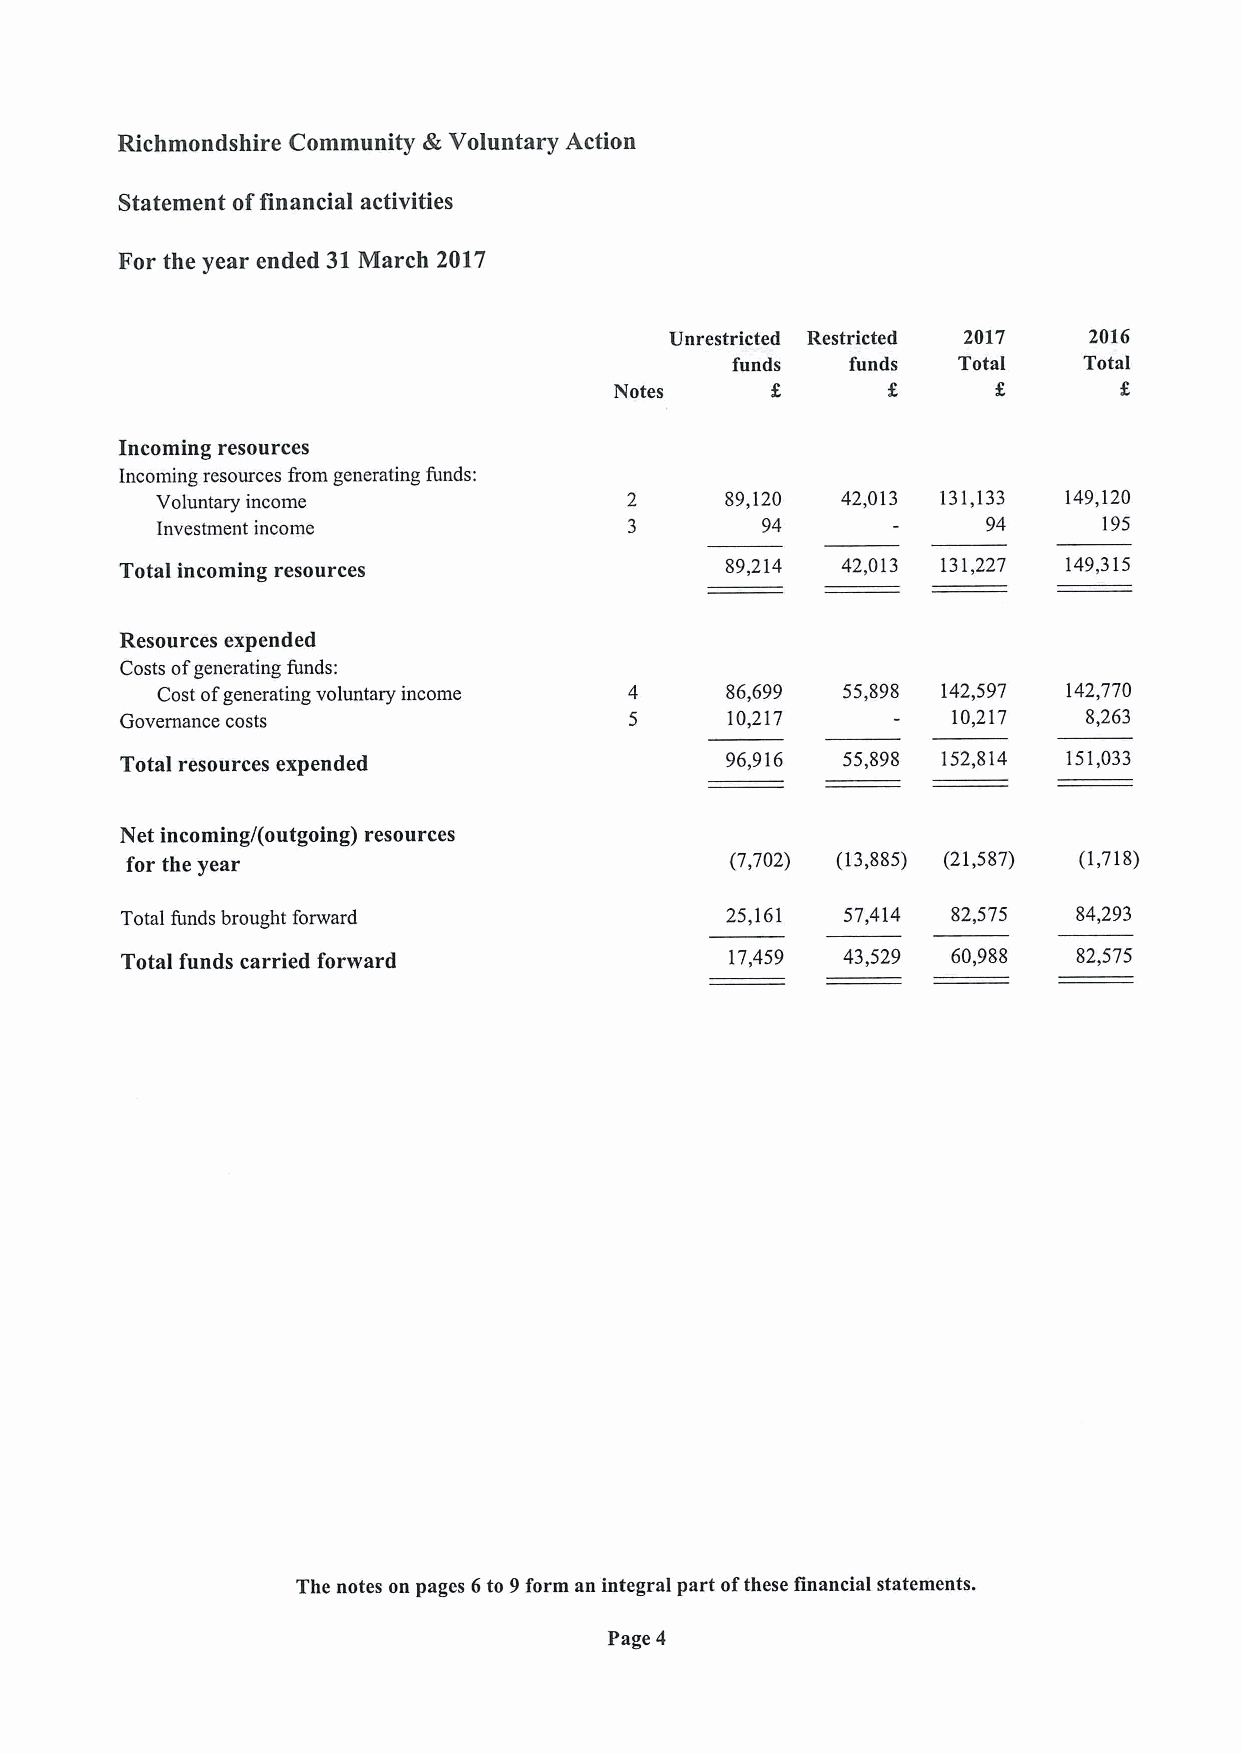
Richmondshire Community A Voluntary Action
 Statement offinancial activities
 For the year ended 31March 2017
 Unrestricted Restricted 2017 2016
 funds   funds  Total    Total
 Notes
 Incoming resources
 Incoming resources &om generating funds:
 Voluntary income                      89,120  42,013 131,133 149,120
 Investment income                       94             94      195
 Total incoming resources                89,214  42,013 131,227 149,315
 Resources expended
 Costs ofgenerating funds:
 Cost ofgenerating voluntary income    86,699  55,898 142,597 142,770
 Governance costs                        10,217         10,217   8,263
 Total resources expended                96,916  55,898 152,814 151,033
 Net incoming/(outgoing) resources
 for the year                            (7,702) (13,885) (21,587) (1,718)
 Total funds brought forward             25,161  57,414 82,575  84,293
 Total funds carried forward             17,459  43,529 60,988  82,575
 The notes on pages 6to 9form an integral part ofthese financial statements.
 Page 4